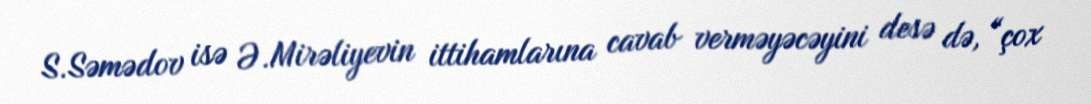
S.Səmədov isə Ə.Mirəliyevin ittihamlarına cavab verməyəcəyini desə də, “çox